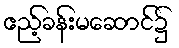
ဧည့်ခန်းမဆောင်၌